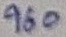
Text: 960